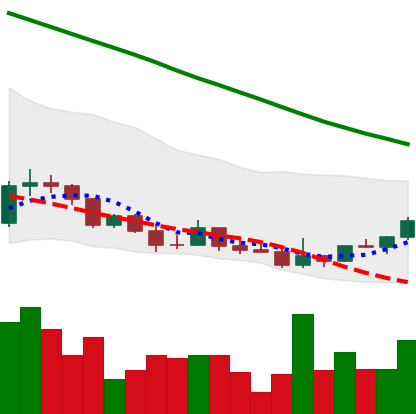
Ticker: DOGE-USD
Chart end date: 2022-03-19
Forward return: 10.505%
Label: up_7plus